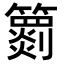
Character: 𥶖